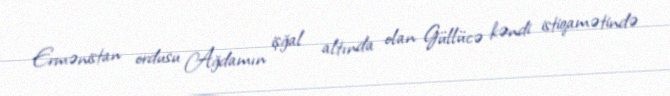
Ermənistan ordusu Ağdamın işğal altında olan Güllücə kəndi istiqamətində